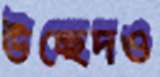
উচ্ছেদও